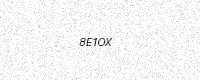
Text: 8E1OX